Papers set at the Examination for Leaving Certificates, 1893
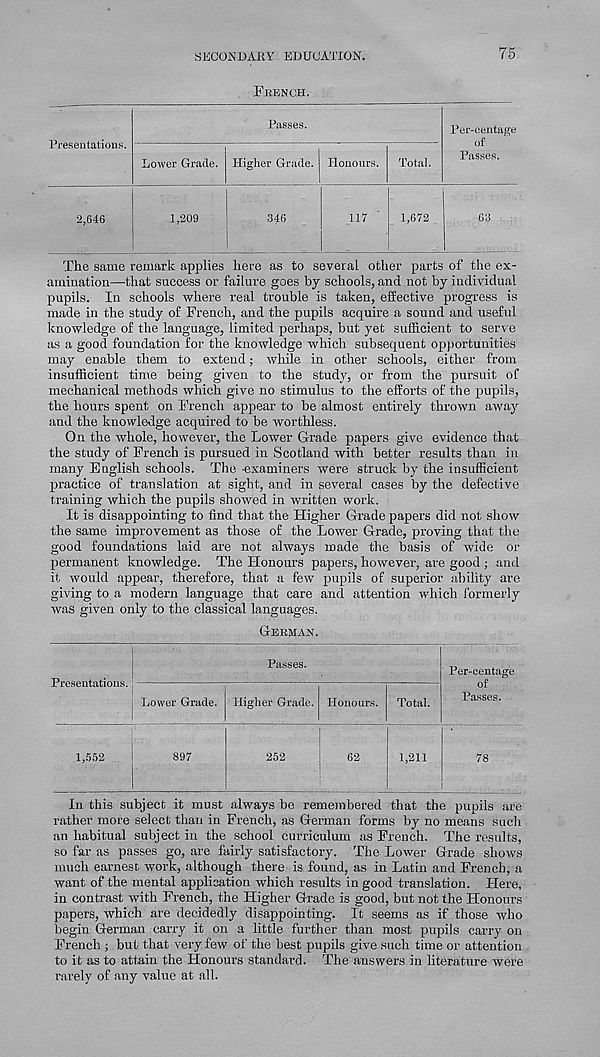
SECONDARY EDUCATION.
75
French.
Preseutatious.
Passes.
Lower Grade. Higher Grade. Honours. Total
Per-centage
of
Passes.
2,646
1.209
346
117
1,672
63
The same remark applies here as to several other parts of the ex-
amination—that success or failure goes by schools, and not by individual
pupils. In schools where real trouble is taken, effective progress is
made in the study of French, and the pupils acquire a sound and useful
knowledge of the language, limited perhaps, but yet sufficient to serve
as a good foundation for the knowledge which subsequent opportunities
may enable them to extend; while in other schools, either from
insufficient time being given to the study, or from the pursuit of
mechanical methods which give no stimulus to the efforts of the pupils,
the hours spent on French appear to be almost entirely thrown away
and the knowledge acquired to be worthless.
On the whole, however, the Lower Grade papers give evidence that
the study of French is pursued in Scotland with better results than in
many English schools. The -examiners were struck by the insufficient
practice of translation at sight, and in several cases by the defective
training which the pupils showed in written work.
It is disappointing to find that the Higher Grade papers did not show
the same improvement as those of the Lower Grade, proving that the
good foundations laid are not always made the basis of wide or
permanent knowledge. The Honours papers, however, are good ; and
it would appear, therefore, that a few pupils of superior ability are
giving to a modern language that care and attention which formerly
was given only to the classical languages.
German.
Passes.
Preseutatious.; -
Lower Grade. Higher Grade. Honours. Total.
1,552
897
252
62
1,211
Per-eentage
of
Passes.
78
In this subject it must always be remembered that the pupils are
rather more select than in French, as German forms by no means such
an habitual subject in the school curriculum as French. The results,
so far as passes go, are fairly satisfactory. The Lower Grade shows
much earnest work, although there is found, as in Latin and French, a
want of the mental application which results in good translation. Here,
in contrast with French, the Higher Grade is good, but not the Honours
papers, which are decidedly disappointing. It seems as if those who
begin German carry it on a little further than most pupils carry on
French ; but that very few of the best pupils give such time or attention
to it as to attain the Honours standard. The answers in literature were
rarely of any value at all.